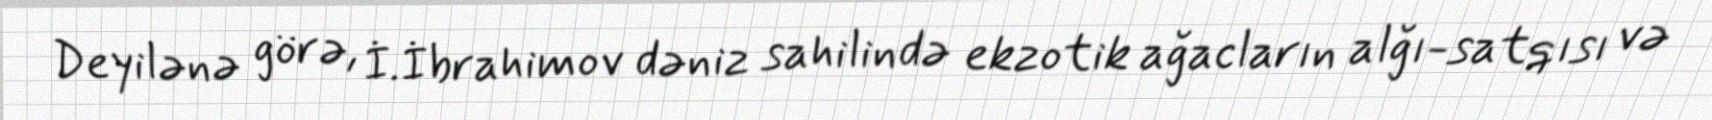
Deyilənə görə, İ.İbrahimov dəniz sahilində ekzotik ağacların alğı-satqısı və